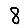
Digit: 8